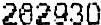
262930